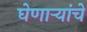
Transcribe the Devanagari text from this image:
घेणाऱ्यांचे